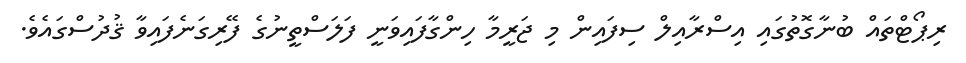
ރިޕޯޓްތައް ބުނާގޮތުގައި އިސްރާއިލް ސިފައިން މި ޖަރީމާ ހިންގާފައިވަނީ ފަލަސްތީނުގެ ފޭރިގަނެފައިވާ ޤުދުސްގައެވެ.